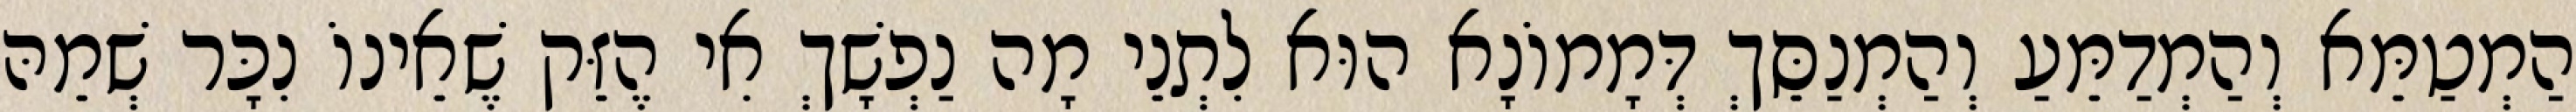
הַמְטַמֵּא וְהַמְדַמֵּעַ וְהַמְנַסֵּךְ דְּמָמוֹנָא הוּא לִתְנֵי מָה נַפְשָׁךְ אִי הֶזֵּק שֶׁאֵינוֹ נִכָּר שְׁמֵהּ